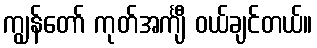
ကျွန်တော် ကုတ်အင်္ကျီ ဝယ်ချင်တယ်။